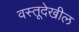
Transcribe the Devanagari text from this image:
वस्तूदेखील